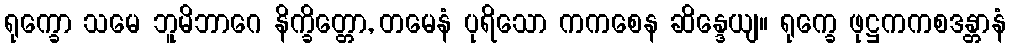
ရုက္ခော သမေ ဘူမိဘာဂေ နိက္ခိတ္တော, တမေနံ ပုရိသော ကကစေန ဆိန္ဒေယျ။ ရုက္ခေ ဖုဋ္ဌကကစဒန္တာနံ